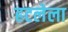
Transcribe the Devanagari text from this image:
हटलेला